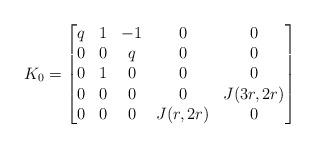
LaTeX: \begin{align*}K_0=\begin{bmatrix}q&1&-1&0&0\\0&0&q&0&0\\0&1&0&0&0\\0&0&0&0&J(3r,2r)\\0&0&0&J(r,2r)&0\end{bmatrix}\end{align*}